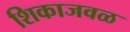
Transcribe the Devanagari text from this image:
शिकाजवळ